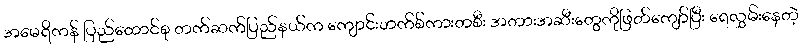
အမေရိကန် ပြည်ထောင်စု တက်ဆက်ပြည်နယ်က ကျောင်းဘက်စ်ကားတစီး အတားအဆီးတွေကိုဖြတ်ကျော်ပြီး ရေလွှမ်းနေတဲ့